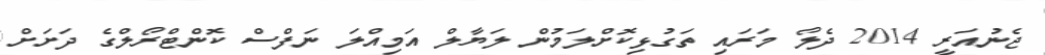
ޖެނުއަރީ 2014 ދެލޯ މަރައި ތަގުޅިކޮށްލަމުން ލަޔާލް އަމިއްލަ ނަފްސް ކޮންޓްރޯލްގެ ދަށަށް